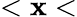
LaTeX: <\mathbf{x}<